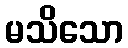
မသိသော